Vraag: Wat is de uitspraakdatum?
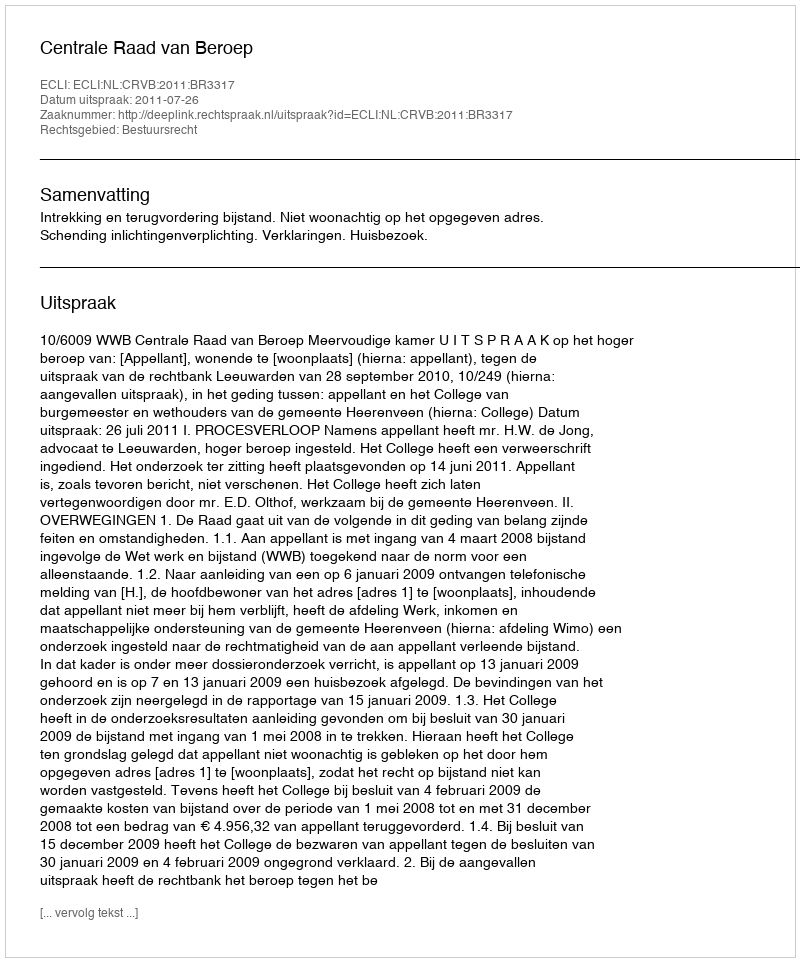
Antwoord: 2011-07-26